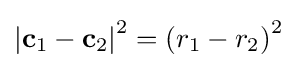
\left|\mathbf {c} _{1}-\mathbf {c} _{2}\right|^{2}=\left(r_{1}-r_{2}\right)^{2}